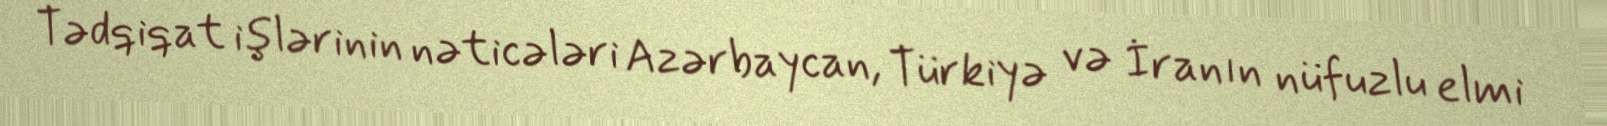
Tədqiqat işlərinin nəticələri Azərbaycan, Türkiyə və İranın nüfuzlu elmi